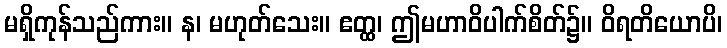
မရှိကုန်သည်ကား။ န၊ မဟုတ်သေး။ ဧတ္ထ၊ ဤမဟာဝိပါက်စိတ်၌။ ဝိရတိယောပိ၊